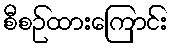
စီစဉ်ထားကြောင်း